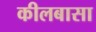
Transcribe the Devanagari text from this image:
कीलबासा